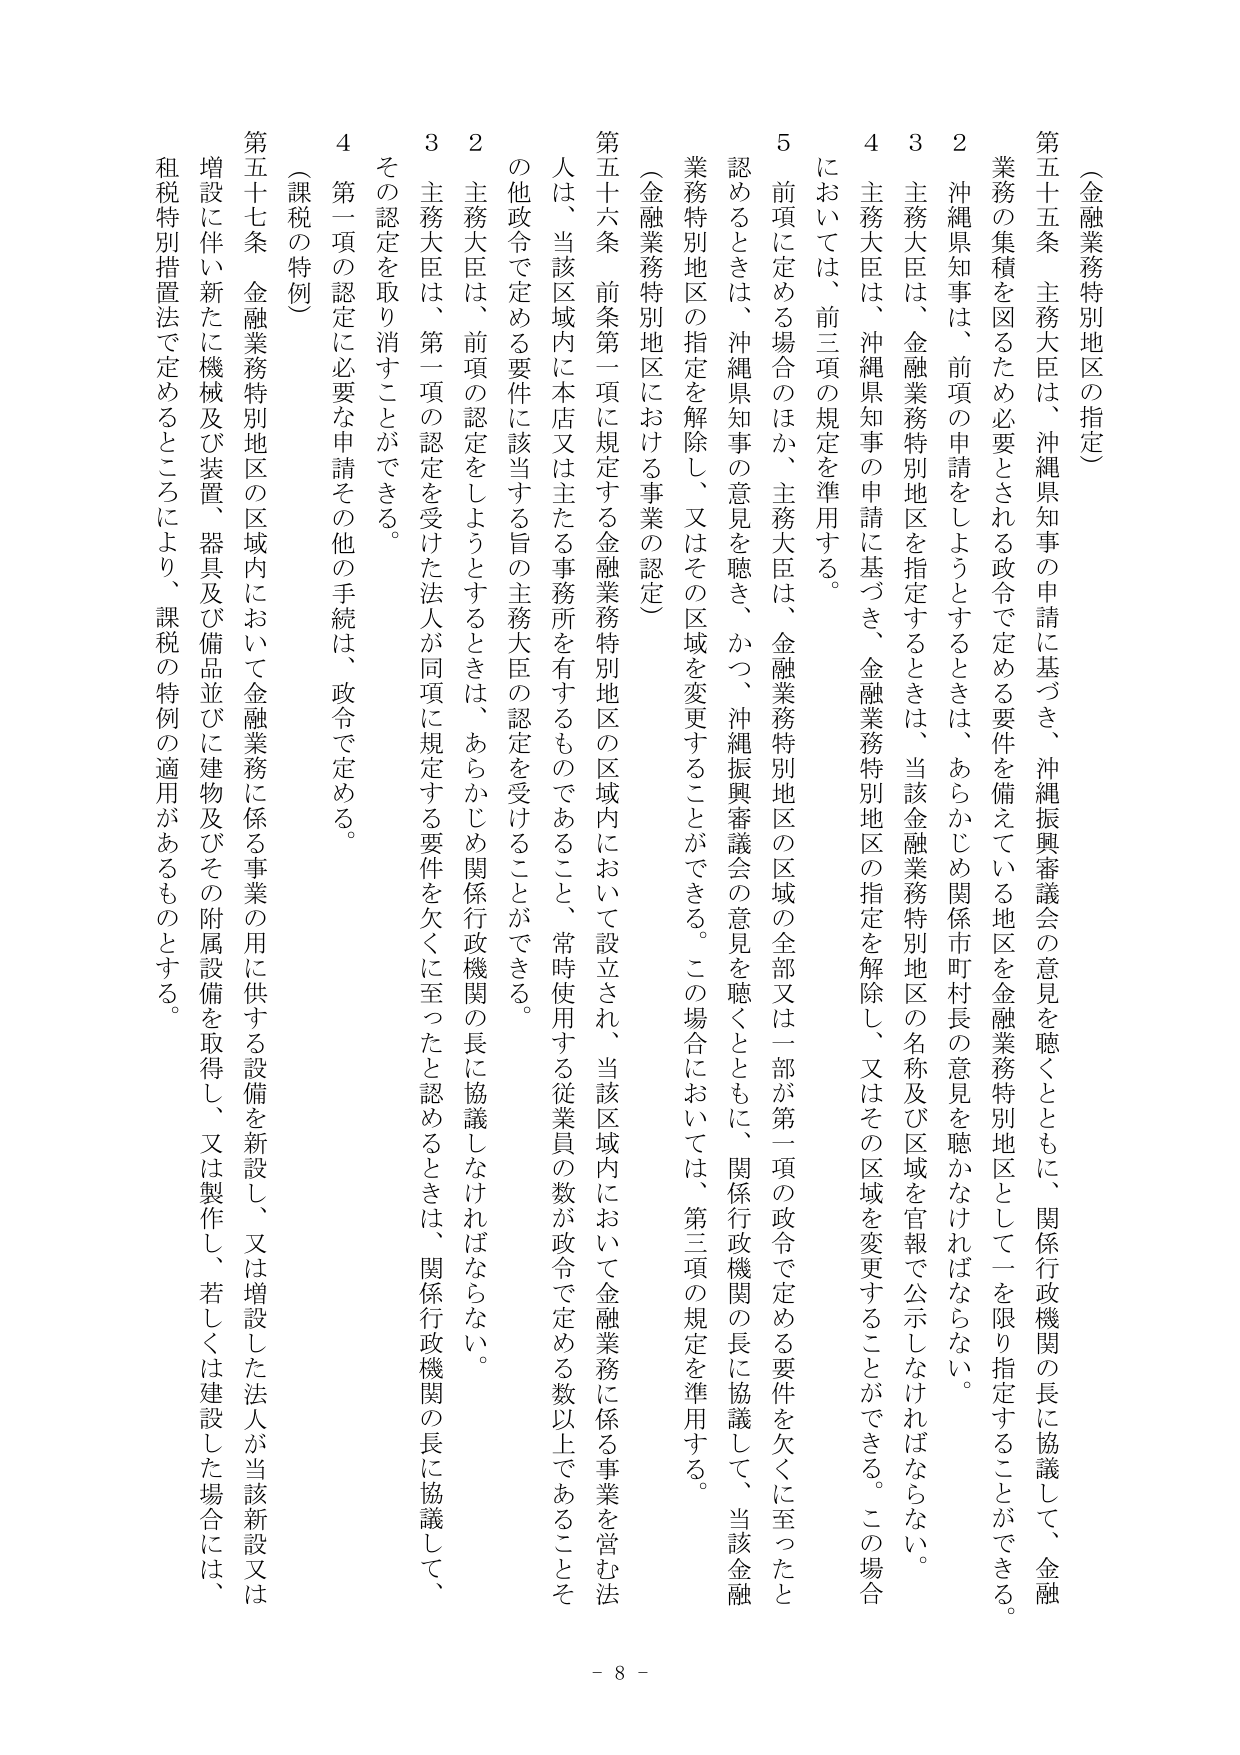
（金融業務特別地区の指定）

第五十五条 主務大臣は、沖縄県知事の申請に基づき、沖縄振興審議会の意見を聴くとともに、関係行政機関の長に協議して、金融業務の集積を図るため必要とされる政令で定める要件を備えている地区を金融業務特別地区として一を限り指定することができる。

２ 沖縄県知事は、前項の申請をしようとするときは、あらかじめ関係市町村長の意見を聴かなければならない。

３ 主務大臣は、金融業務特別地区を指定するときは、当該金融業務特別地区の名称及び区域を官報で公示しなければならない。

４ 主務大臣は、沖縄県知事の申請に基づき、金融業務特別地区の指定を解除し、又はその区域を変更することができる。この場合においては、前三項の規定を準用する。

５ 前項に定める場合のほか、主務大臣は、金融業務特別地区の区域の全部又は一部が第一項の政令で定める要件を欠くに至ったと認めるときは、沖縄県知事の意見を聴き、かつ、沖縄振興審議会の意見を聴くとともに、関係行政機関の長に協議して、当該金融業務特別地区の指定を解除し、又はその区域を変更することができる。この場合においては、第三項の規定を準用する。

（金融業務特別地区における事業の認定）

第五十六条 前条第一項に規定する金融業務特別地区の区域内において設立され、当該区域内において金融業務に係る事業を営む法人は、当該区域内に本店又は主たる事務所を有するものであること、常時使用する従業員の数が政令で定める数以上であることその他政令で定める要件に該当する旨の主務大臣の認定を受けることができる。

２ 主務大臣は、前項の認定をしようとするときは、あらかじめ関係行政機関の長に協議しなければならない。

３ 主務大臣は、第一項の認定を受けた法人が同項に規定する要件を欠くに至ったと認めるときは、関係行政機関の長に協議して、その認定を取り消すことができる。

４ 第一項の認定に必要な申請その他の手続は、政令で定める。

（課税の特例）

第五十七条 金融業務特別地区の区域内において金融業務に係る事業の用に供する設備を新設し、又は増設した法人が当該新設又は増設に伴い新たに機械及び装置、器具及び備品並びに建物及びその附属設備を取得し、又は製作し、若しくは建設した場合には、租税特別措置法で定めるところにより、課税の特例の適用があるものとする。

- 8 -